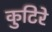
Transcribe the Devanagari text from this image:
कुटिरे